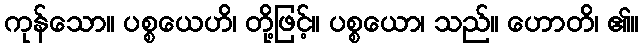
ကုန်သော။ ပစ္စယေဟိ၊ တို့ဖြင့်။ ပစ္စယော၊ သည်။ ဟောတိ၊ ၏။